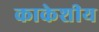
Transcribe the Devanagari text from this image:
काकेशीय